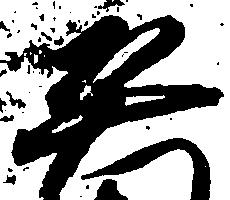
平